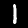
Digit: 1